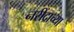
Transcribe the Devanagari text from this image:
नरींद्राच्या